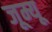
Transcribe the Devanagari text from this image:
जूम्यू